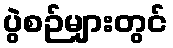
ပွဲစဉ်များတွင်